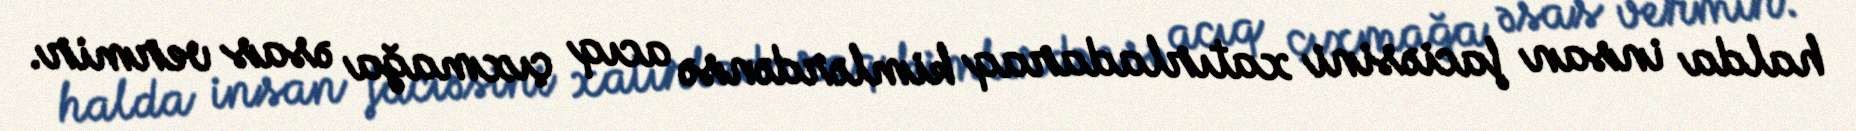
halda insan faciəsini xatırladaraq kimlərdənsə acıq çıxmağa əsas vermir.